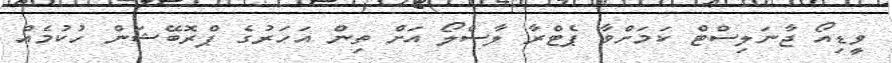
ވީޑިއޯ ޖާނަލިސްޓް ކަމަށްވާ ޕެޓްރާ ލާސްލޯ އަށް ތިން އަހަރުގެ ޕްރޮބޭޝަން ހުކުމެއް